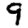
Digit: 9